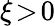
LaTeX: \xi\! >\! 0